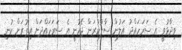
ވިދާޅުވީ އެ ސަރަހައްދު އަލުން ސާފުކުރަން ޖެހުނީ އެ ސަރަހައްދަށް އިތުރަށް ކުނި